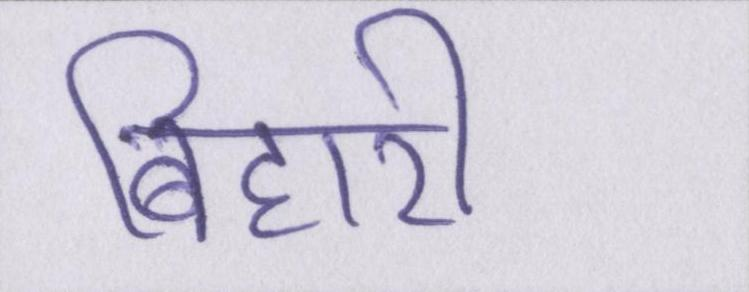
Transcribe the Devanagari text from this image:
बिहारी